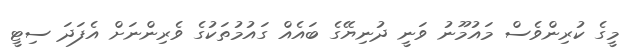
މީގެ ކުރިންވެސް މައުމޫނު ވަނީ ދުނިޔޭގެ ބައެއް ގައުމުތަކުގެ ވެރިންނަށް އެފަދަ ސިޓީ